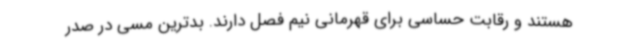
هستند و رقابت حساسی برای قهرمانی نیم فصل دارند. بدترین مسی در صدر